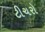
ટીચરો